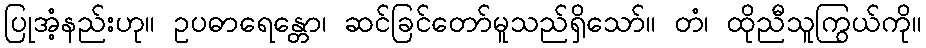
ပြုအံ့နည်းဟု။ ဥပဓာရေန္တော၊ ဆင်ခြင်တော်မူသည်ရှိသော်။ တံ၊ ထိုညီသူကြွယ်ကို။